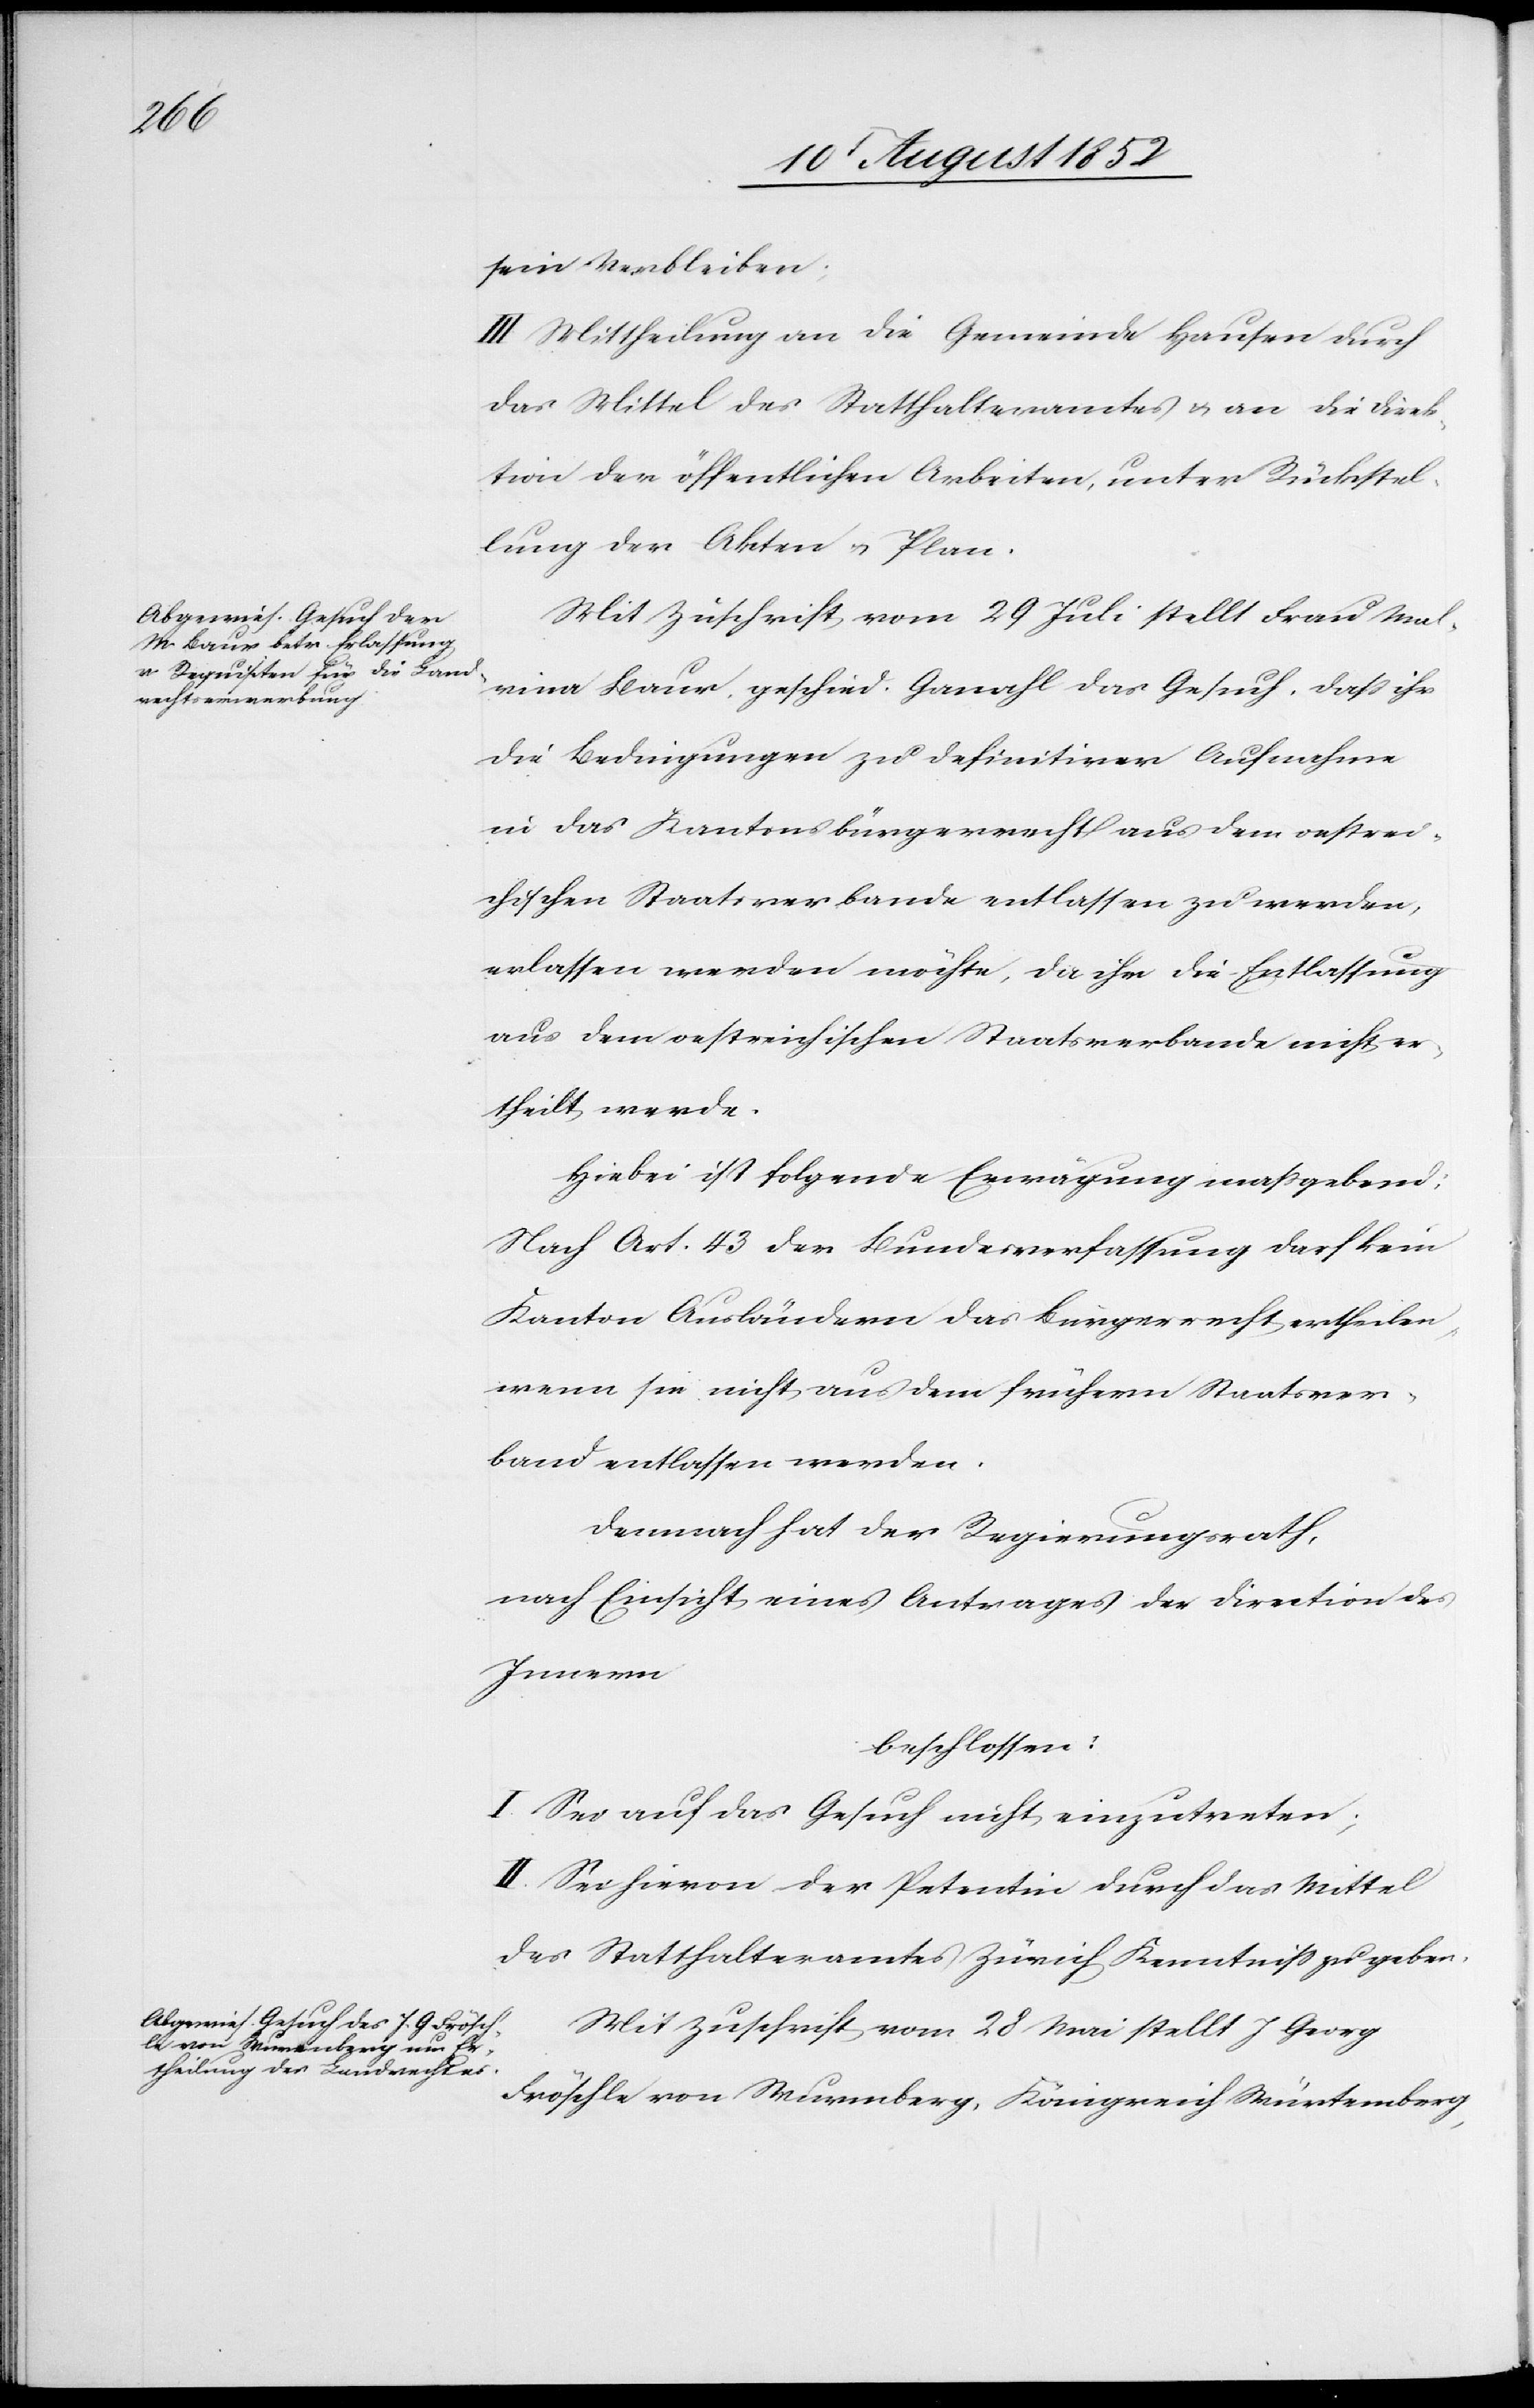
sein Verbleiben;
III Mittheilung an die Gemeinde Hausen durch
das Mittel des Statthalteramtes & an die Direk¬
tion der öffentlichen Arbeiten, unter Rückstel¬
lung der Akten & Plan.
Mit Zuschrift vom 29 Juli stellt Frau Mal¬
vina Baur, geschied. Ganahl das Gesuch, dass ihr
die Bedingungen zu definitiver Aufnahme
in das Kantonsbürgerrecht aus dem oestrei¬
chischen Staatsverbande entlassen zu werden,
erlassen werden möchte[n], da ihr die Entlassung
aus dem oestreichischen Staatsverbande nicht er¬
theilt werde.
Hiebei ist folgende Erwägung maßgebend:
Nach Art. 43 der Bundesverfassung darf kein
Kanton Ausländern das Bürgerrecht ertheilen,
wenn sie nicht aus dem frühern Staatsver¬
band entlassen werden.
Demnach hat der Regierungsrath,
nach Einsicht eines Antrages der Direction des
Innern
beschlossen:
I. Sei auf das Gesuch nicht einzutreten;
II. Sei hievon der Petentin durch das Mittel
des Statthalteramtes Zürich Kenntniss zu geben.
Mit Zuschrift vom 28 Mai stellt J Georg
Fröschle von Wurmberg, Königreich Würtemberg,